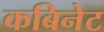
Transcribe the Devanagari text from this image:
कबिनेट